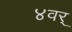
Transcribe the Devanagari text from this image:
४वर्